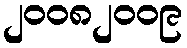
၂၀၀၈၂၀၀၉